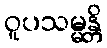
ဝူပသမ္မန္တိ